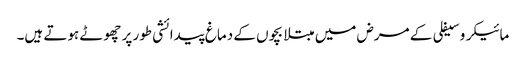
مائیکرو سیفلی کے مرض میں مبتلا بچوں کے دماغ پیدائشی طور پر چھوٹے ہوتے ہیں۔